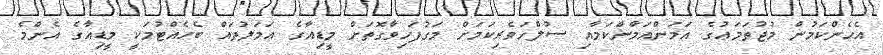
އެހެންކަމުން މުޖުތަމަޢުގެ އަމަންއަމާންކަމާއި ސުލްހަވެރިކަމަށް މަގުފަހިވާގޮތަށް މީޑިއާގެ ޢަމަލުތައް ބެހެއްޓުމަކީ މީޑިއާގެ އެންމެ